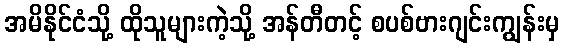
အမိနိုင်ငံသို့ ထိုသူများကဲ့သို့ အန်တီတင့် စပစ်ဗားဂျင်းကျွန်းမှ